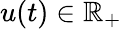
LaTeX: u(t)\in\mathbb{R}_{+}